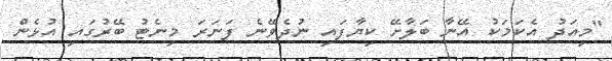
"މިއަދު އެކަމަކު އޭނާ ބަލާށޭ ކިޔާފައި ނުދެވޭނެ ފަނަރަ މިނެޓު ބޭރުގައި އުޅެން